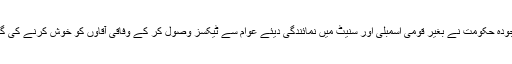
اور گلگت بلتستان کی موجودہ حکومت نے بغیر قومی اسمبلی اور سنیٹ میں نمائندگی دیئے عوام سے ٹیکسز وصول کر کے وفاقی آقاوں کو خوش کرنے کی گہری محبت کا اظہار کیا ۔